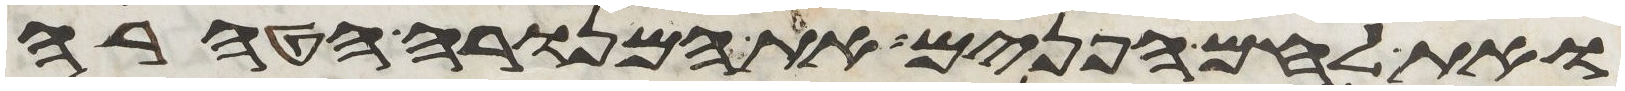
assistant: ואת לחם הפנים את המנורה הטהרה